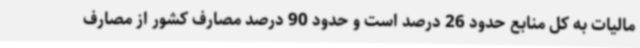
مالیات به کل منابع حدود 26 درصد است و حدود 90 درصد مصارف کشور از مصارف